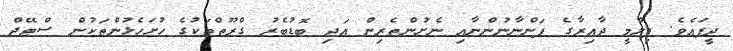
ދީފައެވެ. ފިލްމީ ދާއިރާގެ ފަންނާނުންނާއި ނެށުންތެރިން އަދި ބޮޑުބެރު ގްރޫތްތަކުގެ ހުށަހެޅުންތަކުން ސްޓޭޖް